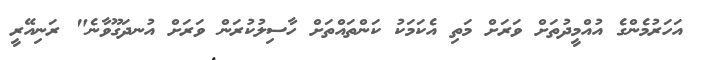
އަހަރުމެންގެ އުއްމީދުތަށް ވަރަށް މަތި އެކަމަކު ކަންތައްތަށް ހާސިލުކުރަން ވަރަށް އުނދަގޫވާނެ" ރަނިއޭރީ